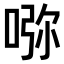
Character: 𠵸